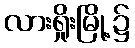
လားရှိုးမြို့၌